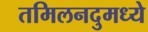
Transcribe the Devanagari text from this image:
तमिलनदुमध्ये